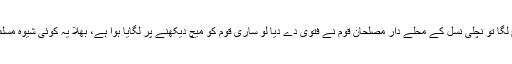
کبھی میچ لگا تو نچلی نسل کے محلے دار مصلحان قوم نے فتویٰ دے دیا لو ساری قوم کو میچ دیکھنے پر لگایا ہوا ہے، بھلا یہ کوئی شیوہ مسلمانی ہے؟